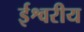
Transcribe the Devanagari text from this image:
र्इश्वरीय